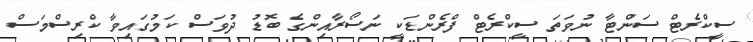
ސީކްރެޓް ސަންޓާ ނުވަތަ ސީކްރެޓް ފްރެންޑަކީ ނަސޯރާއިންގެ ބޮޑު ދުވަސް ކަމުގައިވާ ކްރިސްމަސް